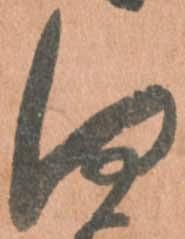
何